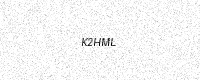
Text: K2HML